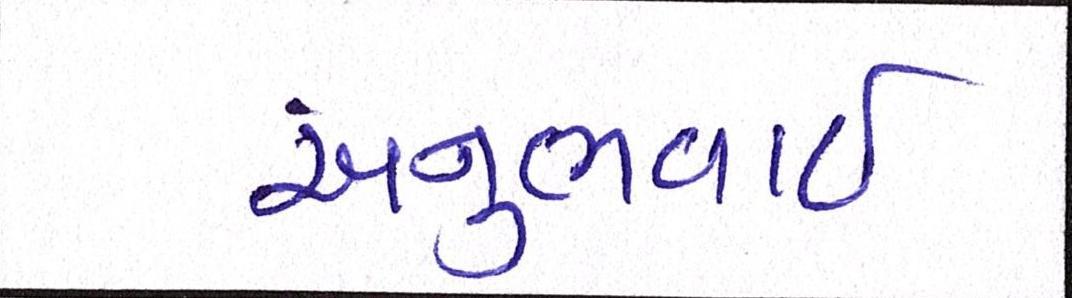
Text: અનુભવાઇ